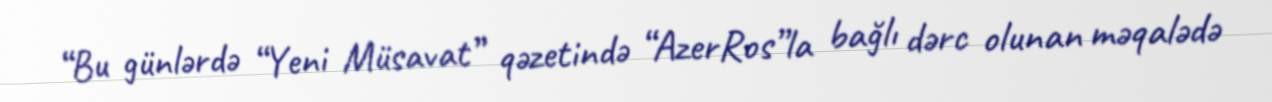
“Bu günlərdə “Yeni Müsavat” qəzetində “AzerRos”la bağlı dərc olunan məqalədə